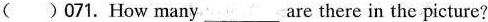
( )071. How many ___ are there in the picture?